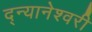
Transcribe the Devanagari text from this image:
द्न्यानेश्वरी